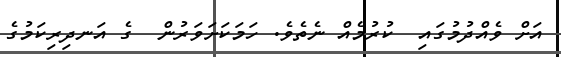
އަށް ވެއްދުމުގައި  ކުރުމެއް ނެތެވެ. ހަމަކަށަވަރުން  ގެ އަނދިރިކަމުގެ